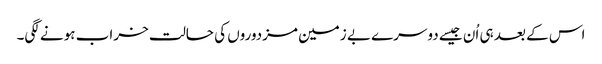
اس کے بعد ہی اُن جیسے دوسرے بے زمین مزدوروں کی حالت خراب ہونے لگی۔